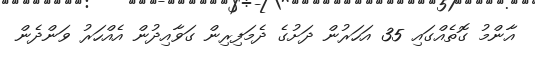
އާންމު ގޮތެއްގައި 35 އަހަރުން ދަށުގެ ދެމަފިރިން ގަވާއިދުން އެއްހަރު ވަންދެން